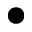
\bullet